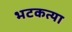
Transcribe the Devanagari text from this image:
भटकत्या